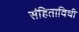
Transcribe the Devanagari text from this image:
संहिताविधी